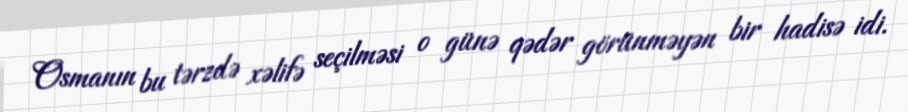
Osmanın bu tərzdə xəlifə seçilməsi o günə qədər görünməyən bir hadisə idi.